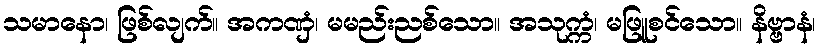
သမာနော၊ ဖြစ်လျက်။ အကဏှံ၊ မမည်းညစ်သော။ အသုက္ကံ၊ မဖြူစင်သော။ နိဗ္ဗာနံ၊